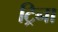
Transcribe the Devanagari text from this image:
ट्रिना